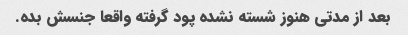
بعد از مدتی هنوز شسته نشده پود گرفته واقعا جنسش بده.